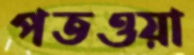
পতওয়া